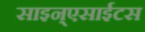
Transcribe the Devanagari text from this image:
साइन्एसाईटस